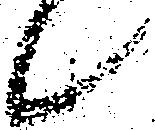
候